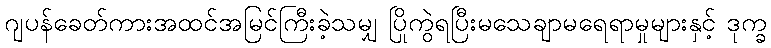
ဂျပန်ခေတ်ကားအထင်အမြင်ကြီးခဲ့သမျှ ပြိုကွဲရပြီးမသေချာမရေရာမှုများနှင့် ဒုက္ခ